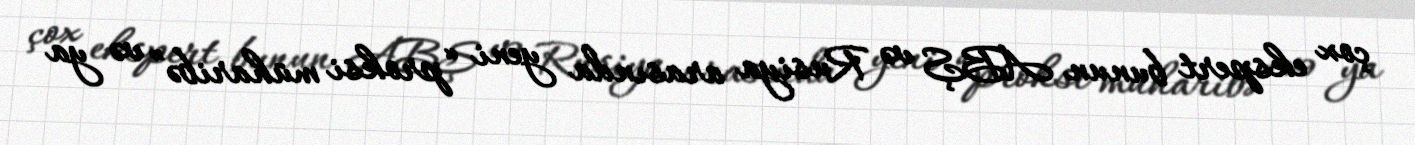
çox ekspert bunun ABŞ və Rusiya arasında yeni “proksi müharibə” və ya